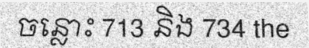
ចន្លោះ 713 និង 734 the